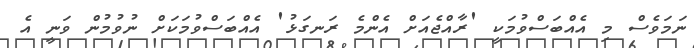
ނަމަވެސް މި އެއްބަސްވުމަކީ 'ރާއްޖެއަށް އެންމެ ރަނގަޅު' އެއްބަސްވުމަކަށް ނުވުމުން ވަނީ އެ